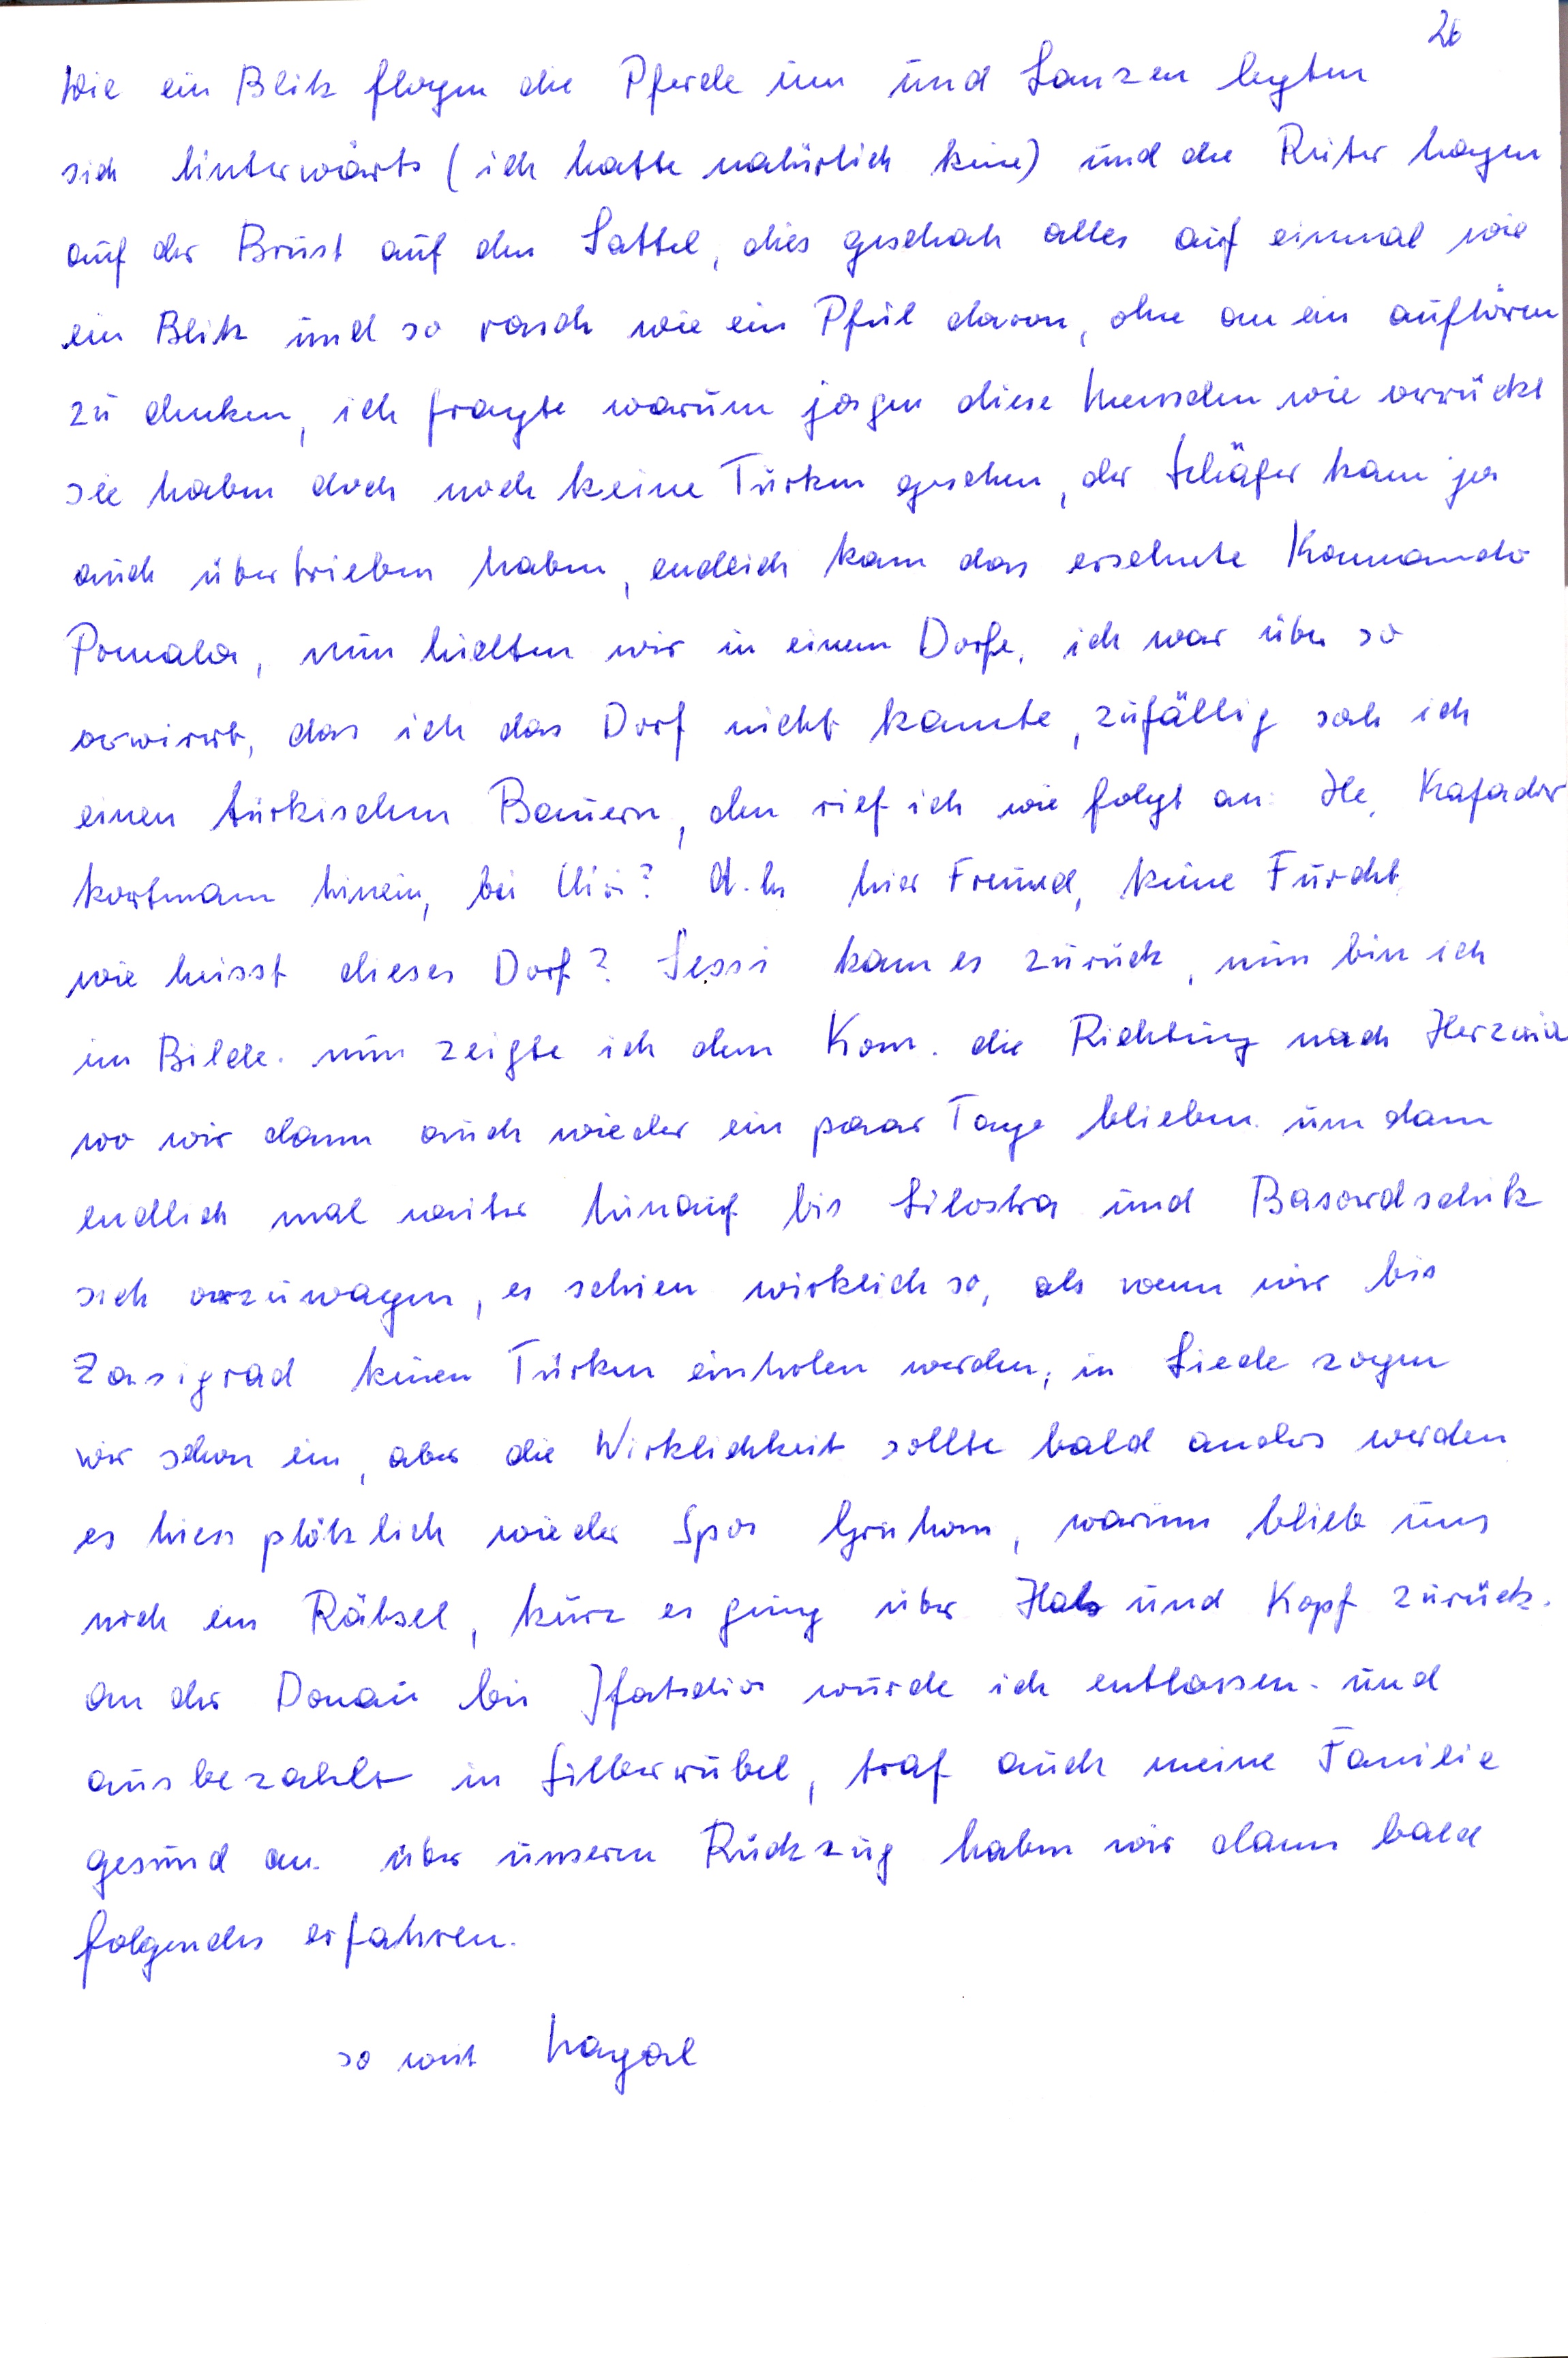
26
Wie ein Blitz flogen die Pferde um und Lanzen legten
sich hinterwärts ( ich hatte natürlich keine) und die Reiter hangen
auf der Brust auf den Sattel, dies geschah alles auf eimmal wie
ein Blitz und so rasch wie ein Pfeil davon, ohne an ein aufhören
zu denken, ich fragte warum jagen diese Mensden wie verrückt
sie haben doch noch keine Türken gesehen, der Schäfer kann ja
auch übertrieben haben, endlich kam das ersehnte Kammando
Pomala, nun hielten wir in einem Dorfe, ich war über so
verwirrt, das ich das Dorf nicht kannte, zufällig sah ich
einen türkischen Bauern den rief ich wie folgt an He Kafadr
kortmam hinein, bei Uisi? d.h. hier Freund. keine Furcht
wie heisst dieses Dorf ? Sessi kanm es zurück nun bin ich
in Bilde. nun zeigte ich dem Kom  die Richtug nach Herzua
wo wir dnn auch wieder ein paar Tage blieben um dann
endlich mal weite hinauf bis Silostra und Basardschik
sich vorzuwagen, es schien wirklich so, als wenn wir bis
Zasigrad keinen Türken einholen werden, in Liede zogen
wir schon ein, aber die Wirklichkeit sollte bald anders werden
es hiess plöhlich, wieder Spor Grühon warum blieb uns
noch ein Rätsel, kurz es ging über Hals und Kopf zurück,
an der Donau bis Isatscha wurde ich entlassen und
ausbelzahlt in Silberrubel, traf auch meine Fanilie
gesund an über unseren Rückzug haben wir dann bald
folgendes erfahren
so weit Nangal